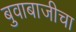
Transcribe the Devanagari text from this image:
बुवाबाजीचा